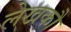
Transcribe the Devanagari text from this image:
लेखकौं